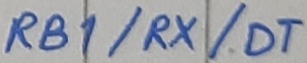
Text: RB1/RX/DT